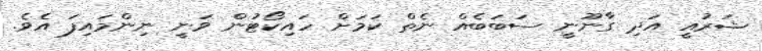
ޝަރުއީ އަދި ގާނޫނީ ސަބަބެއް ނެތް ކަމަށް ހައިކޯޓުން ވަނީ ނިންމައިފަ އެވެ.